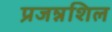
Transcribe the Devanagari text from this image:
प्रजन्नशिल